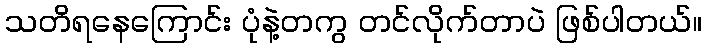
သတိရနေကြောင်း ပုံနဲ့တကွ တင်လိုက်တာပဲ ဖြစ်ပါတယ်။